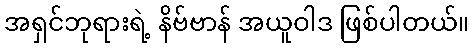
အရှင်ဘုရားရဲ့ နိဗ်ဗာန် အယူဝါဒ ဖြစ်ပါတယ်။